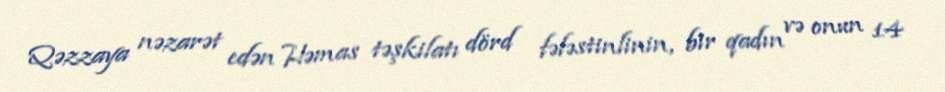
Qəzzaya nəzarət edən Həmas təşkilatı dörd fələstinlinin, bir qadın və onun 14